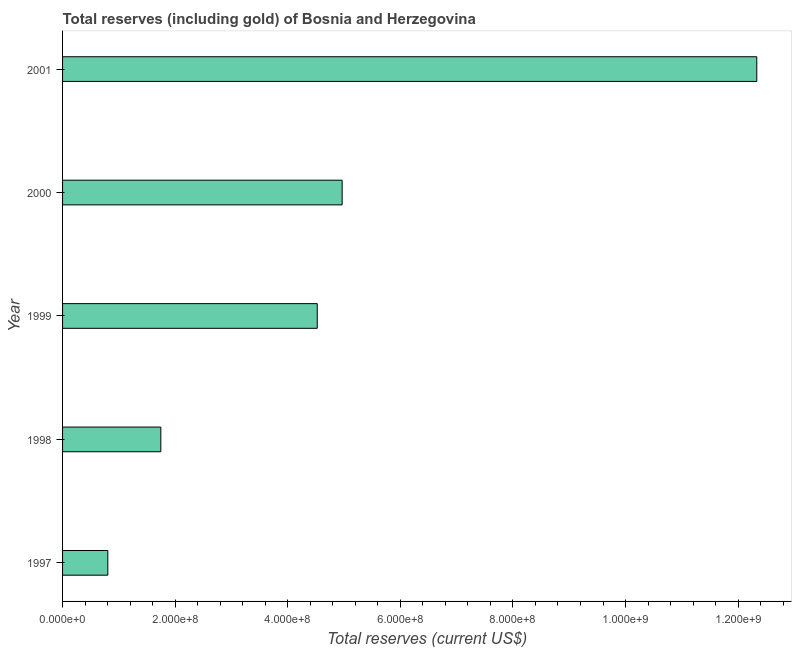
| Year | Total reserves (includes gold |
 | --- | --- |
 | 1997 | 8.04e+07 |
 | 1998 | 1.75e+08 |
 | 1999 | 4.52e+08 |
 | 2000 | 4.97e+08 |
 | 2001 | 1.23e+09 |